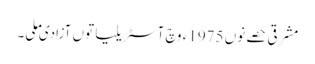
مشرقی حصے نوں 1975ء وچ آسٹریلیا توں آزادی ملی۔